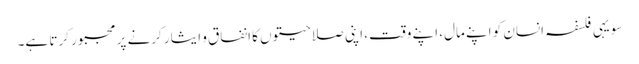
سو یہی فلسفہ انسان کو اپنے مال، اپنے وقت، اپنی صلاحیتوں کا انفاق و ایثار کرنے پر مجبور کرتا ہے۔